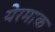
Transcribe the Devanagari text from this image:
येरमाक